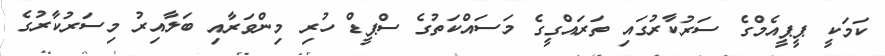
ކަމަކީ ޕީޕީއެމްގެ ސަރުކާރުގައި ތަރައްގީގެ މަސައްކަތުގެ ސްޕީޑް ހުރި މިންވަރާއި ބަލާއިރު މިސަރުކާރުގެ